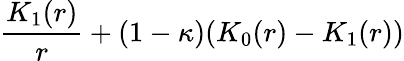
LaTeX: \frac{K_{1}(r)}{r}+(1-\kappa)(K_{0}(r)-K_{1}(r))